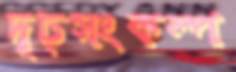
দৃঢ়সংকল্প